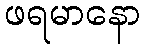
ဖရမာနော